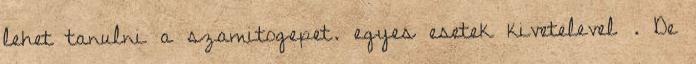
lehet tanulni a szamitogepet. egyes esetek kivetelevel . De